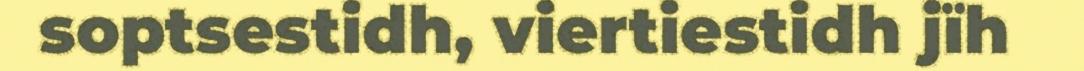
soptsestidh, viertiestidh jïh